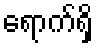
ရောက်ရှိ